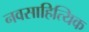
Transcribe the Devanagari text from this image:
नवसाहित्यिक